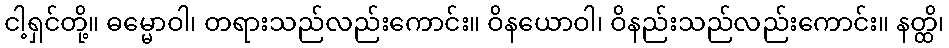
ငါ့ရှင်တို့။ ဓမ္မောဝါ၊ တရားသည်လည်းကောင်း။ ဝိနယောဝါ၊ ဝိနည်းသည်လည်းကောင်း။ နတ္ထိ၊